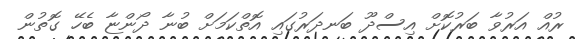
ރުއް އަރުވާ ބަރުކޮށް އިސްދޫ ބަނދަރުގައި އޮތްކަމަށް ބުނާ ދޯންޏާ ބެހޭ ގޮތުން